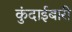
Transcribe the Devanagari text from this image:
कुंदाईबारी